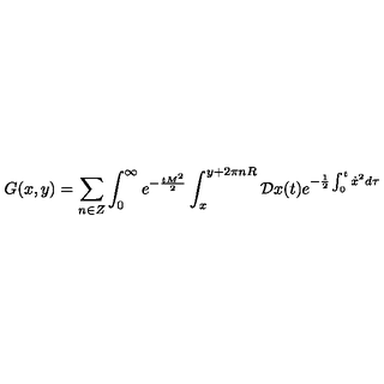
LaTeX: G ( x , y ) = \sum _ { n \in Z } \int _ { 0 } ^ { \infty } e ^ { - { \frac { t M ^ { 2 } } { 2 } } } \int _ { x } ^ { y + 2 \pi n R } { \cal D } x ( t ) e ^ { - { \frac { 1 } { 2 } } \int _ { 0 } ^ { t } \dot { x } ^ { 2 } d \tau }